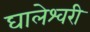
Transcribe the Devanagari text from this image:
घालेश्वरी